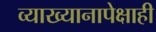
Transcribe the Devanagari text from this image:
व्याख्यानापेक्षाही